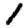
Digit: 1